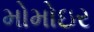
મોમોઇર